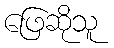
ဖြေဆိုသူ